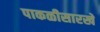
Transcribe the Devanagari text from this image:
पाकळीसारखे